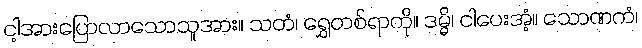
ငါ့အားပြောလာသောသူအား။ သတံ၊ ရွှေတစ်ရာကို။ ဒမ္မိ၊ ငါပေးအံ့။ သောဏကံ၊